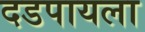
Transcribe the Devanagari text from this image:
दडपायला